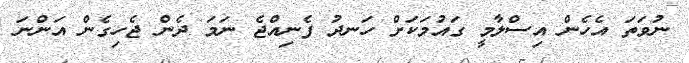
ނުވަތަ އެހެން އިސްލާމީ ގައުމަކަށް ހަނދު ފެނިއްޖެ ނަމަ ދެން ޖެހިގެން އަންނަ